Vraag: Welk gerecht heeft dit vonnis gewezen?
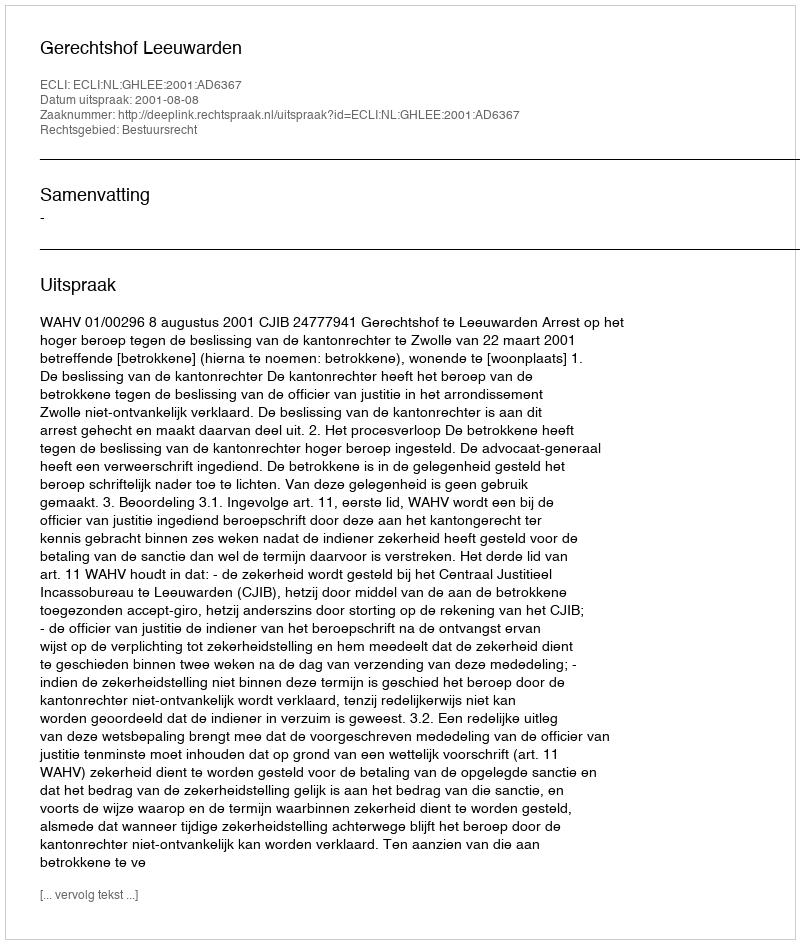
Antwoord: Gerechtshof Leeuwarden